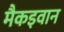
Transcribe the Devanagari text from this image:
मैकइवान